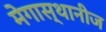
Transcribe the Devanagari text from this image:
मेगास्थानीज